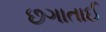
છગાતાઈ